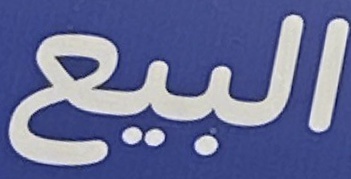
البيع